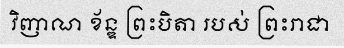
វិញាណ ខ័ន្ឌ ព្រះបិតា របស់ ព្រះរាជា